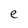
Character: e